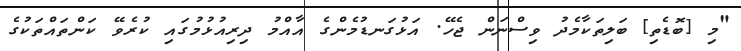
"މި [ބޮޑެތި] ބަލިތަކާމެދު ވިސްނަން ޖެހޭ. އަޅުގަނޑުމެންގެ އާއްމު ދިރިއުޅުމުގައި ކުރެވޭ ކަންތައްތަކުގެ